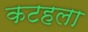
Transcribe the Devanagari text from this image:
कटहला